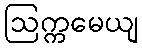
ဩက္ကမေယျ